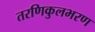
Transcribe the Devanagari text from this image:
तरणिकुलभरण